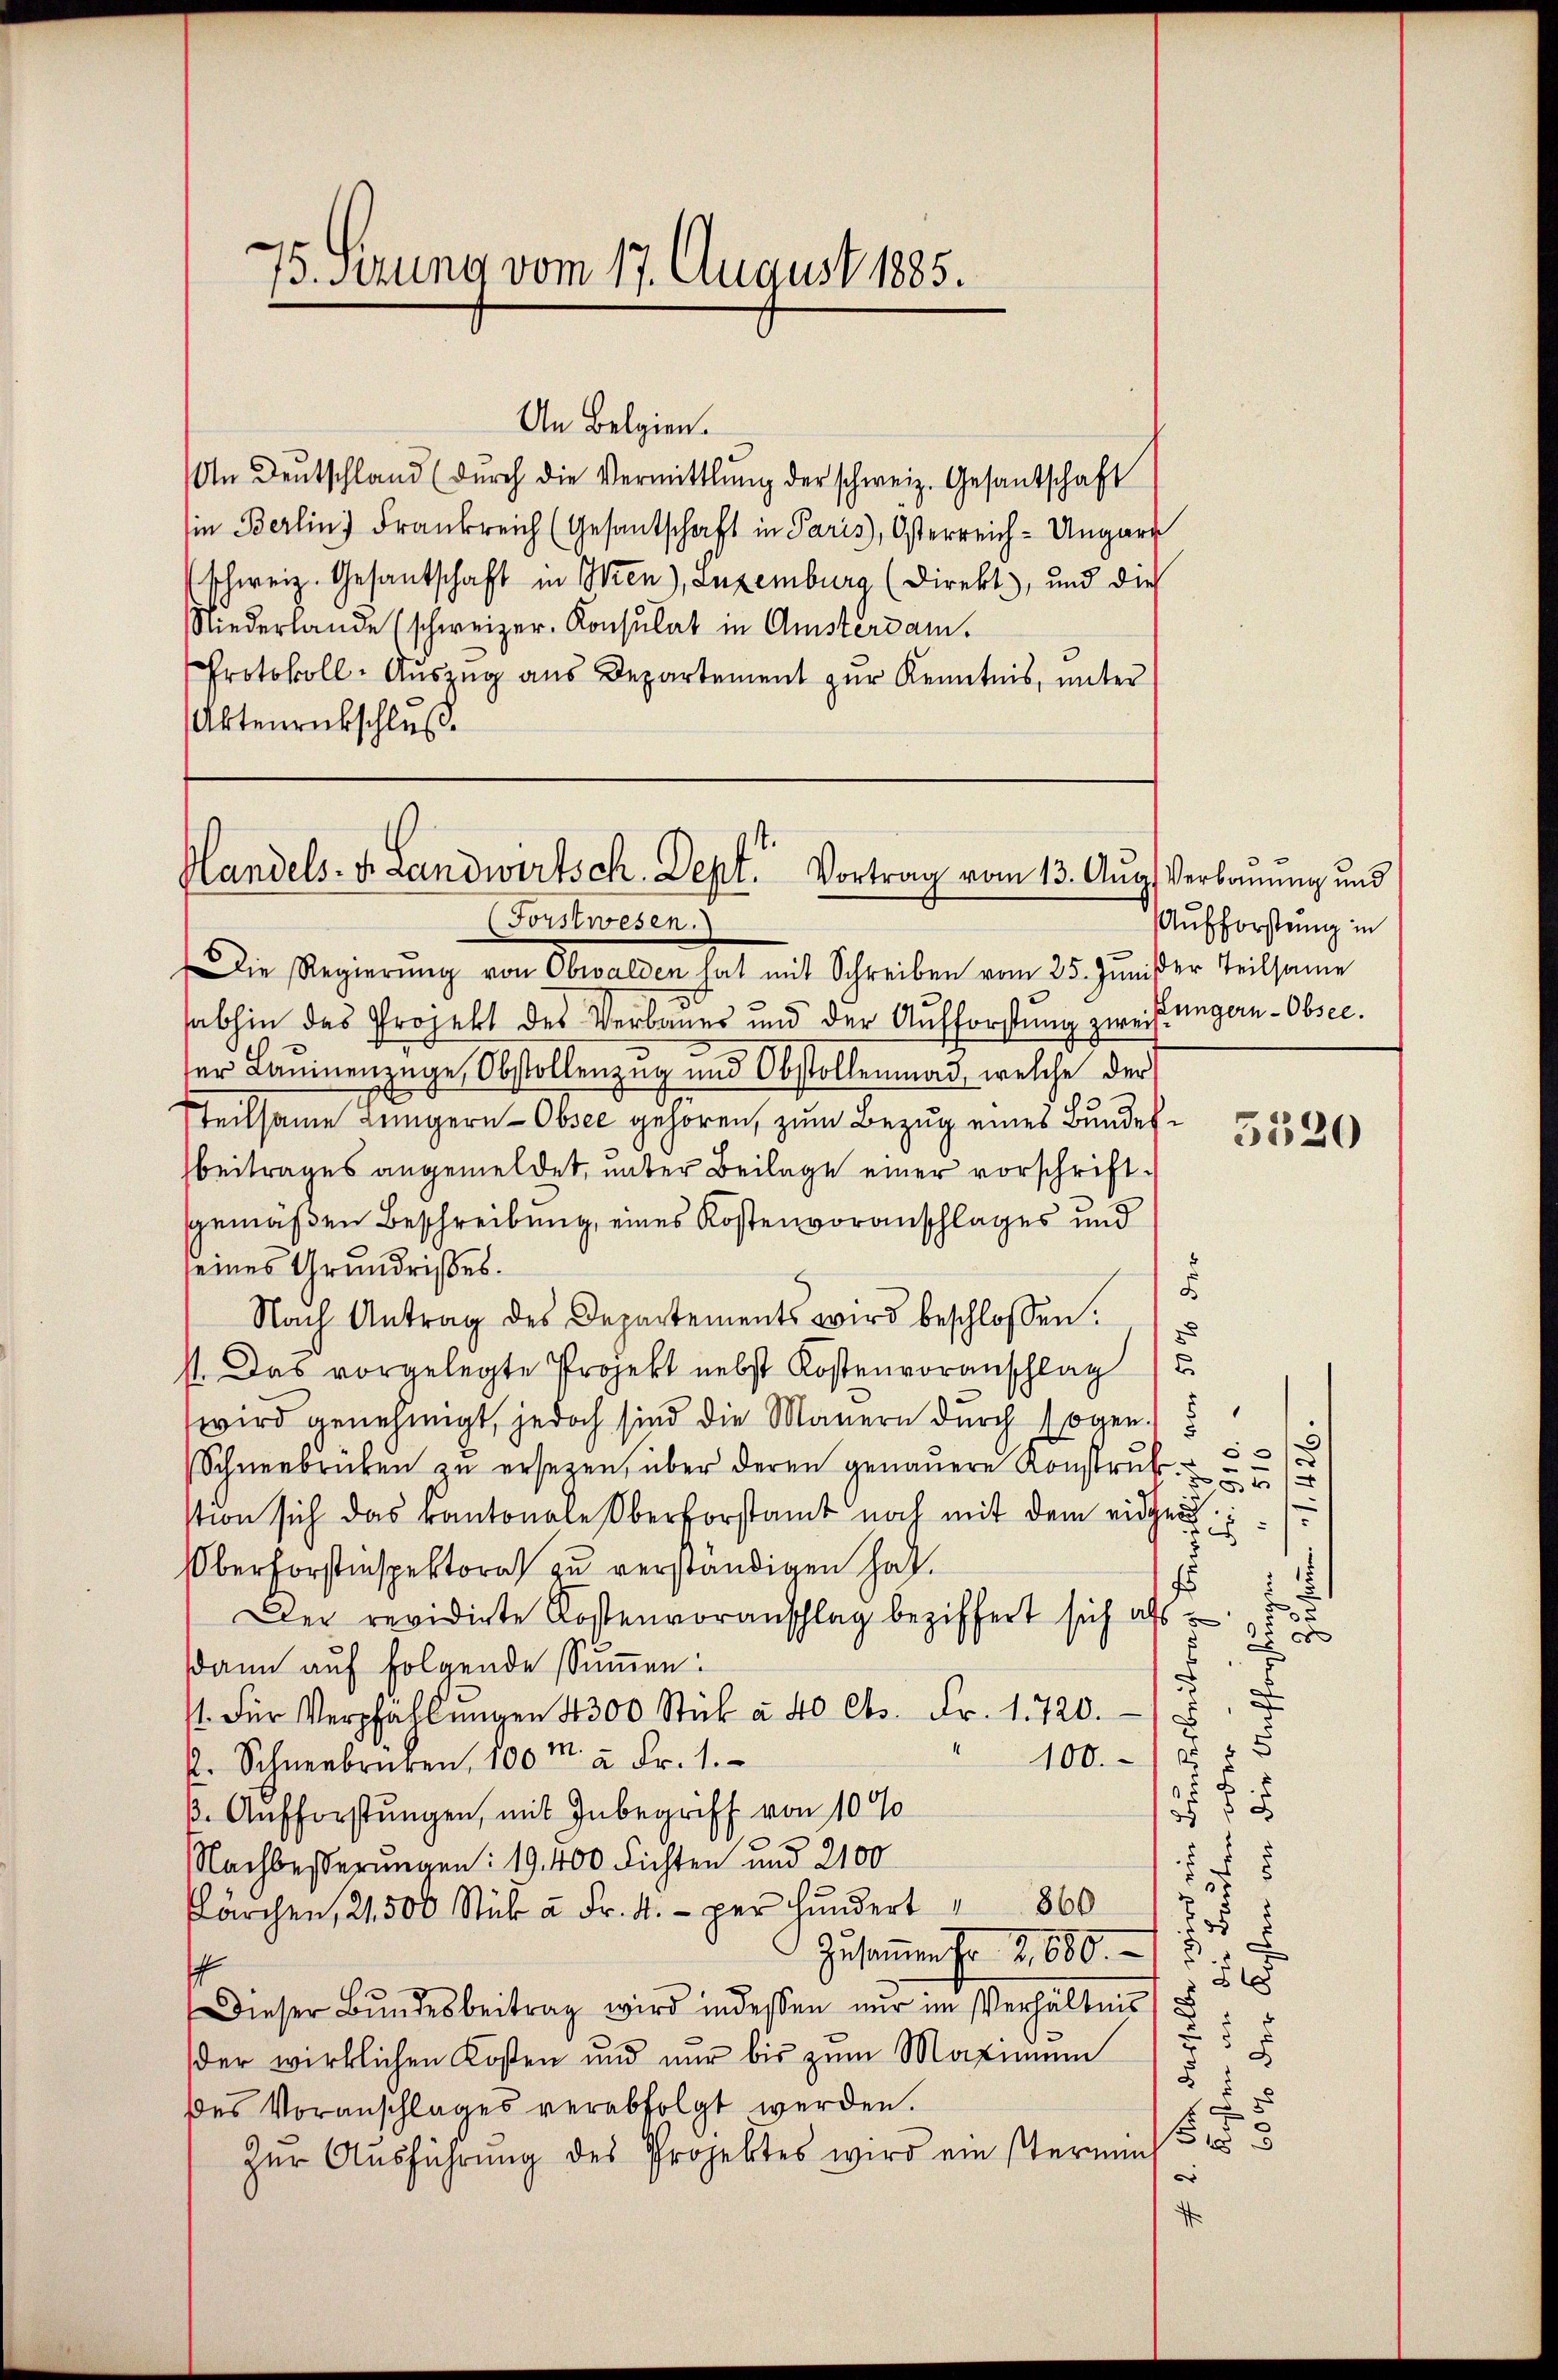
75. Setzung vom 17. August 1885.

An Belgien.
An Deutschland (dŭrch die Vermittlung der schweiz. Gesantschaft
in Berlin) Frankreich (Gesantschaft in Paris, Osterreich-Ungarn
schweiz. Gesantschaft in Wien), anzenburg (Direkt, und dies
Niederlande (schweizer. Konsulat in Amsterdam.
Protokoll-Auszug aus Departement zur Kenntnis, unter
Aktenrückschluß

t.
Handels- u Landwirtsch. Sept. Vortrag vom 13. Aŭg. Verbannung und

Forstwesen.
Die Regierŭng von Obwalden hat mit Schreiben vom 25. Juni der Teilsame
30
abhin das Projekt des Verbaues und der Aufforstung zweifungen - Obser.
er Baŭmenzüge Obstollenzug und Obstollenmad, welche der
Teilsame Lungern Obsee gehören, zum Bezug eines Bundes¬
Beitrages angemeldet, unter Beilage einer vorschriftsgemäßen Beschreibung, eines Kostenvoranschlages und
seines Grundrisses.
2
Nach Antrag des Departements wird beschlossen:
st. Das vorgelegte Projekt nebst Kostenvoranschlag
wird genehmigt, jedoch sind die Mauern durch sogen) 5
Schneebrücken zu ersetzen, über deren genauere Konstruk
stion sich das Kantonale Oberforstamt noch mit dem eidgen
Oberforstinspektor zu verständigen hat.
Der revidirte Kostenvoranschlag beziffert sich als
dann auf folgende Summen:
1. Für Verpfällŭngen 4300 Stück à 40 Cts. Fr. 1720.
100. 5
2. Schneebrüken, 100M. à Fr. 1.
28
25
5
ß. Aufforstungen, mit Inbegriff von 10 %
.
e
d
Nachbesserungen: 19. 400 Fichten und 2100
ärchen, 2500 Stük à Fr. 4. per hundert 360
5
Zusammen fr 2, 680.
.
1
8
Dieser Bŭndesbeitrag wird indessen nŭr im Verhältnis
d
8
der wirklichen Kosten und nur bis zŭm Maximum
.
des Voranschlages verabfolgt werden.
5
f 3
Zur Ausführung des Projektes wird ein sternem
e

Aufforstung in

5
¬
5
55 f
.
f
.
e
0
x
d

3520